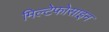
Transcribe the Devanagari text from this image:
मिल्टेफोसाइन